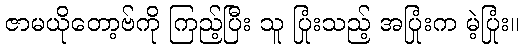
ဇာမယိုတော့ဗ်ကို ကြည့်ပြီး သူ ပြုံးသည့် အပြုံးက မဲ့ပြုံး။